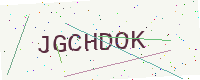
Text: JGCHDOK